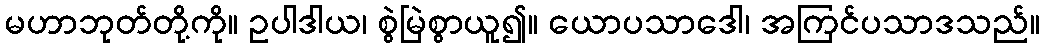
မဟာဘုတ်တို့ကို။ ဥပါဒါယ၊ စွဲမြဲစွာယူ၍။ ယောပသာဒေါ၊ အကြင်ပသာဒသည်။